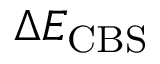
\Delta E _ { \mathrm { C B S } }